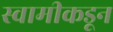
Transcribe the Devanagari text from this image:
स्वामीकडून